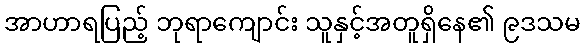
အာဟာရပြည့် ဘုရာကျောင်း သူနှင့်အတူရှိနေ၏ ၉ဒသမ